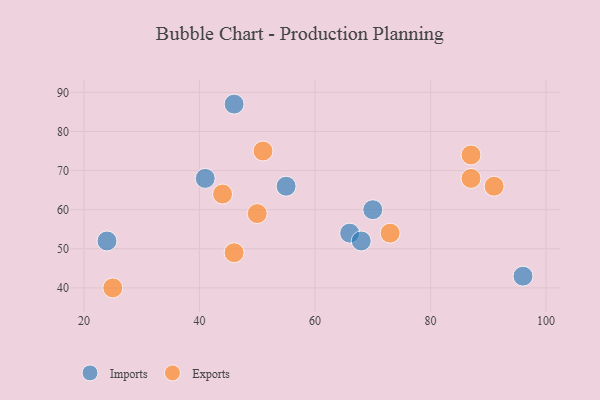
{"axis": {"x": "GDP", "y": "Life Expectancy"}, "legend": ["Exports", "Imports"], "data": [{"x": "55", "y": 66, "type": "Imports"}, {"x": "70", "y": 60, "type": "Imports"}, {"x": "24", "y": 52, "type": "Imports"}, {"x": "66", "y": 54, "type": "Imports"}, {"x": "41", "y": 68, "type": "Imports"}, {"x": "96", "y": 43, "type": "Imports"}, {"x": "46", "y": 87, "type": "Imports"}, {"x": "68", "y": 52, "type": "Imports"}, {"x": "46", "y": 49, "type": "Exports"}, {"x": "50", "y": 59, "type": "Exports"}, {"x": "87", "y": 74, "type": "Exports"}, {"x": "73", "y": 54, "type": "Exports"}, {"x": "51", "y": 75, "type": "Exports"}, {"x": "44", "y": 64, "type": "Exports"}, {"x": "25", "y": 40, "type": "Exports"}, {"x": "87", "y": 68, "type": "Exports"}, {"x": "91", "y": 66, "type": "Exports"}]}